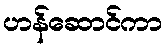
ဟန်ဆောင်ကာ